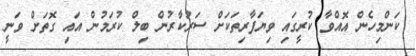
ކަންމިހެން އޮއްވާ ކުރީގައި ވިޔަފާރިތަކަށް ސަރުކާރުން ބިލް ކުރަމުން އައި ގޮތަށް ވަނީ